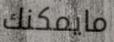
مايمكنك